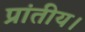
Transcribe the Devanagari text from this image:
प्रांतीय।